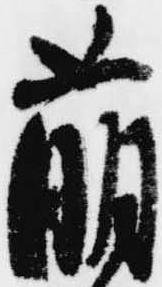
萌